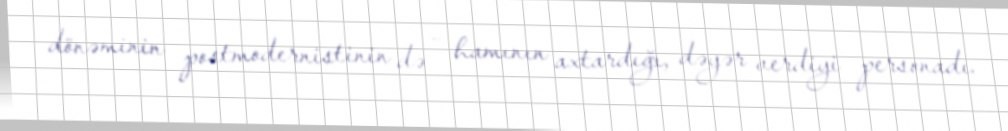
dönəminin postmodernistinin də - hamının axtardığı, dəyər verdiyi personadı.